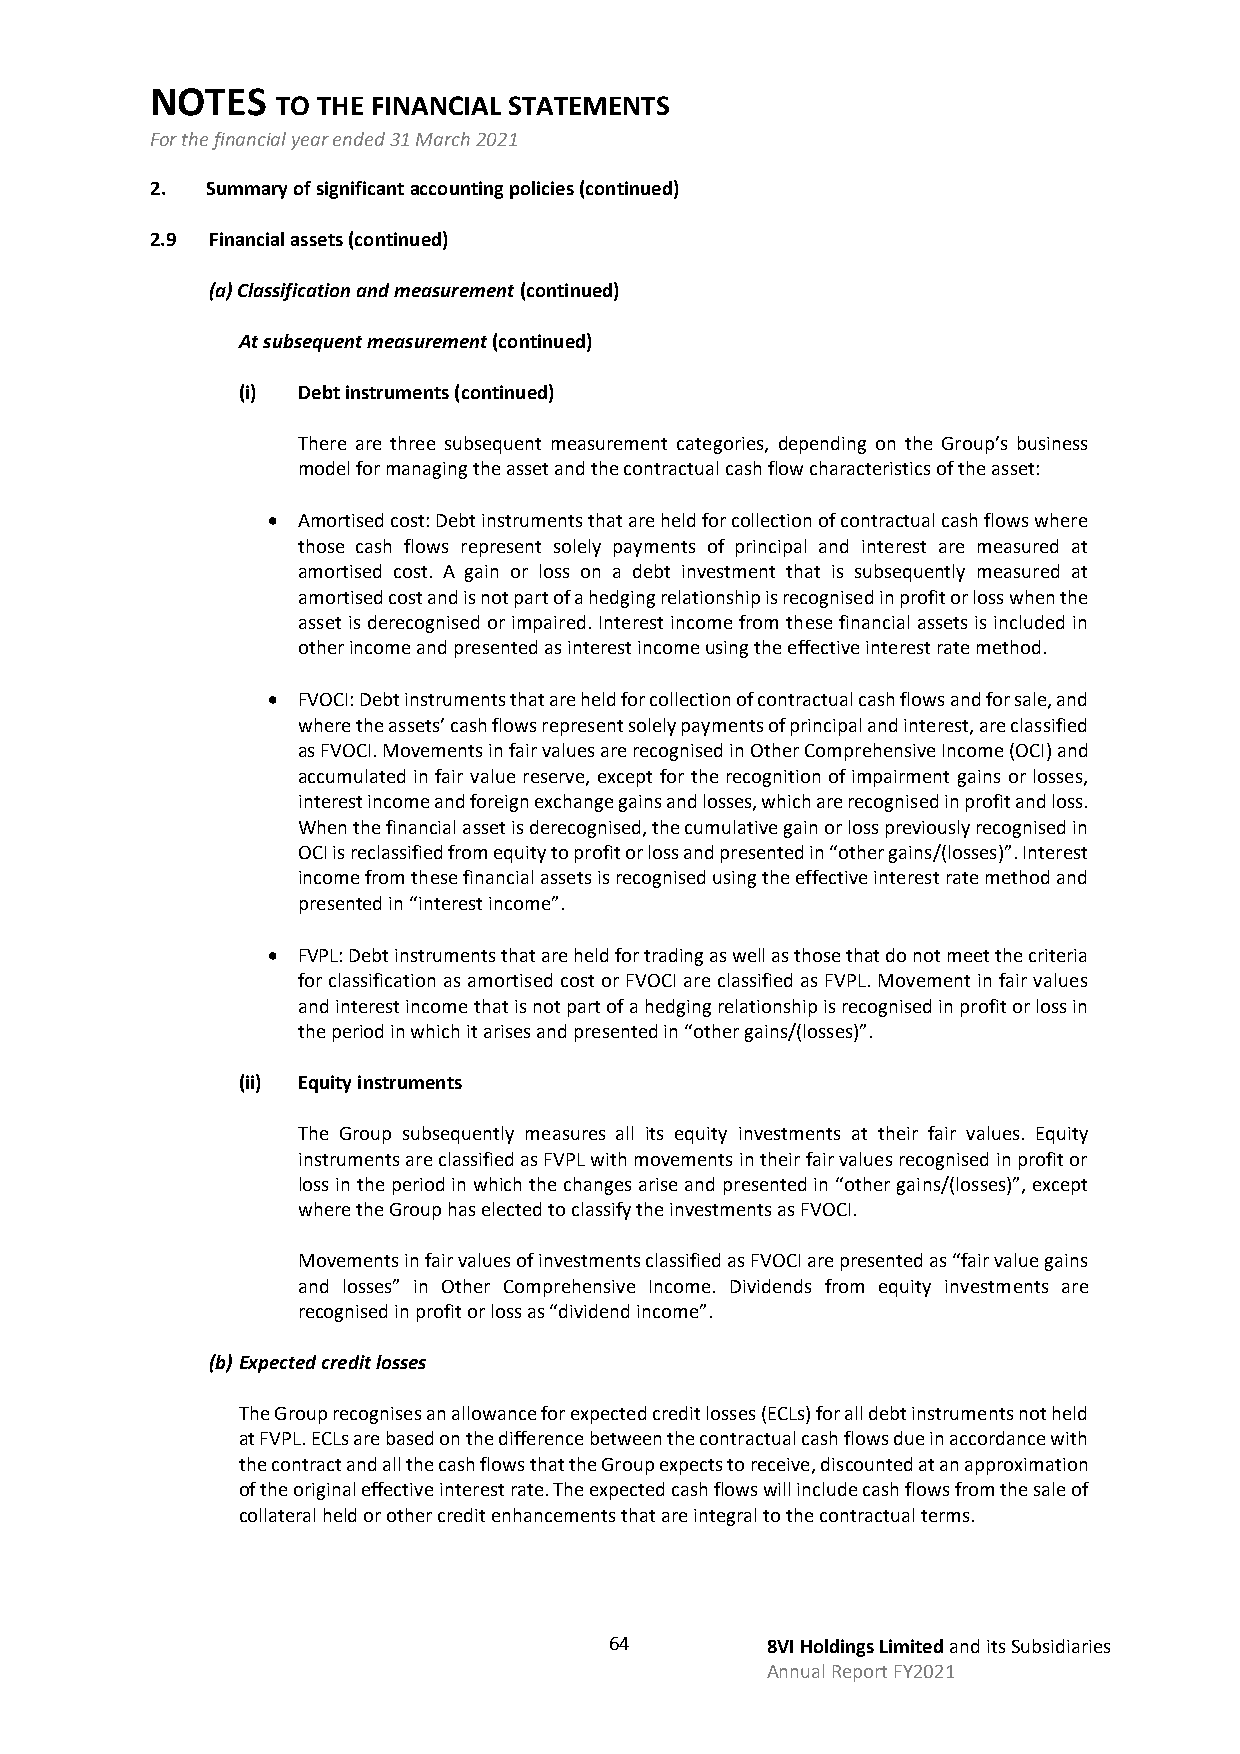
NOTES
 TO THE FINANCIAL STATEMENTS
 For the financial year ended 31 March 2021
 2.  Summary of significant accounting policies (continued)
 2.9 Financial assets (continued)
 (a) Classification and measurement (continued)
 At subsequent measurement (continued)
 (i) Debt instruments (continued)
 There are three subsequent measurement categories, depending on the Group’s business
 model for managing the asset and the contractual cash flow characteristics of the asset:
 • Amortised cost: Debt instruments that are held for collection of contractual cash flows where
 those cash flows represent solely payments of principal and interest are measured at
 amortised cost. A gain or loss on a debt investment that is subsequently measured at
 amortised cost and is not part of a hedging relationship is recognised in profit or loss when the
 asset is derecognised or impaired. Interest income from these financial assets is included in
 other income and presented as interest income using the effective interest rate method.
 • FVOCI: Debt instruments that are held for collection of contractual cash flows and for sale, and
 where the assets’ cash flows represent solely payments of principal and interest, are classified
 as FVOCI. Movements in fair values are recognised in Other Comprehensive Income (OCI) and
 accumulated in fair value reserve, except for the recognition of impairment gains or losses,
 interest income and foreign exchange gains and losses, which are recognised in profit and loss.
 When the financial asset is derecognised, the cumulative gain or loss previously recognised in
 OCI is reclassified from equity to profit or loss and presented in “other gains/(losses)”. Interest
 income from these financial assets is recognised using the effective interest rate method and
 presented in “interest income”.
 • FVPL: Debt instruments that are held for trading as well as those that do not meet the criteria
 for classification as amortised cost or FVOCI are classified as FVPL. Movement in fair values
 and interest income that is not part of a hedging relationship is recognised in profit or loss in
 the period in which it arises and presented in “other gains/(losses)”.
 (ii) Equity instruments
 The Group subsequently measures all its equity investments at their fair values. Equity
 instruments are classified as FVPL with movements in their fair values recognised in profit or
 loss in the period in which the changes arise and presented in “other gains/(losses)”, except
 where the Group has elected to classify the investments as FVOCI.
 Movements in fair values of investments classified as FVOCI are presented as “fair value gains
 and losses” in Other Comprehensive Income. Dividends from equity investments are
 recognised in profit or loss as “dividend income”.
 (b) Expected credit losses
 The Group recognises an allowance for expected credit losses (ECLs) for all debt instruments not held
 at FVPL. ECLs are based on the difference between the contractual cash flows due in accordance with
 the contract and all the cash flows that the Group expects to receive, discounted at an approximation
 of the original effective interest rate. The expected cash flows will include cash flows from the sale of
 collateral held or other credit enhancements that are integral to the contractual terms.
 64         8VI Holdings Limited and its Subsidiaries
 Annual Report FY2021